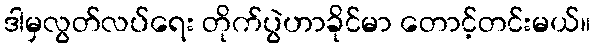
ဒါမှလွတ်လပ်ရေး တိုက်ပွဲဟာခိုင်မာ တောင့်တင်းမယ်။